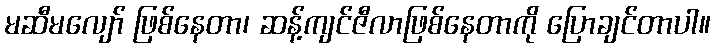
မဆီမလျော် ဖြစ်နေတာ၊ ဆန့်ကျင်ဇီလာဖြစ်နေတာကို ပြောချင်တာပါ။